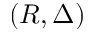
( R , \Delta )